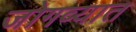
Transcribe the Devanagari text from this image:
जोगव्यात